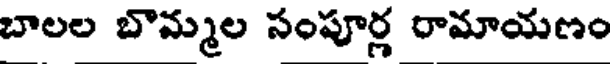
బాలల బొమ్మల సంపూర్ణ రామాయణం